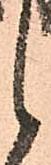
候